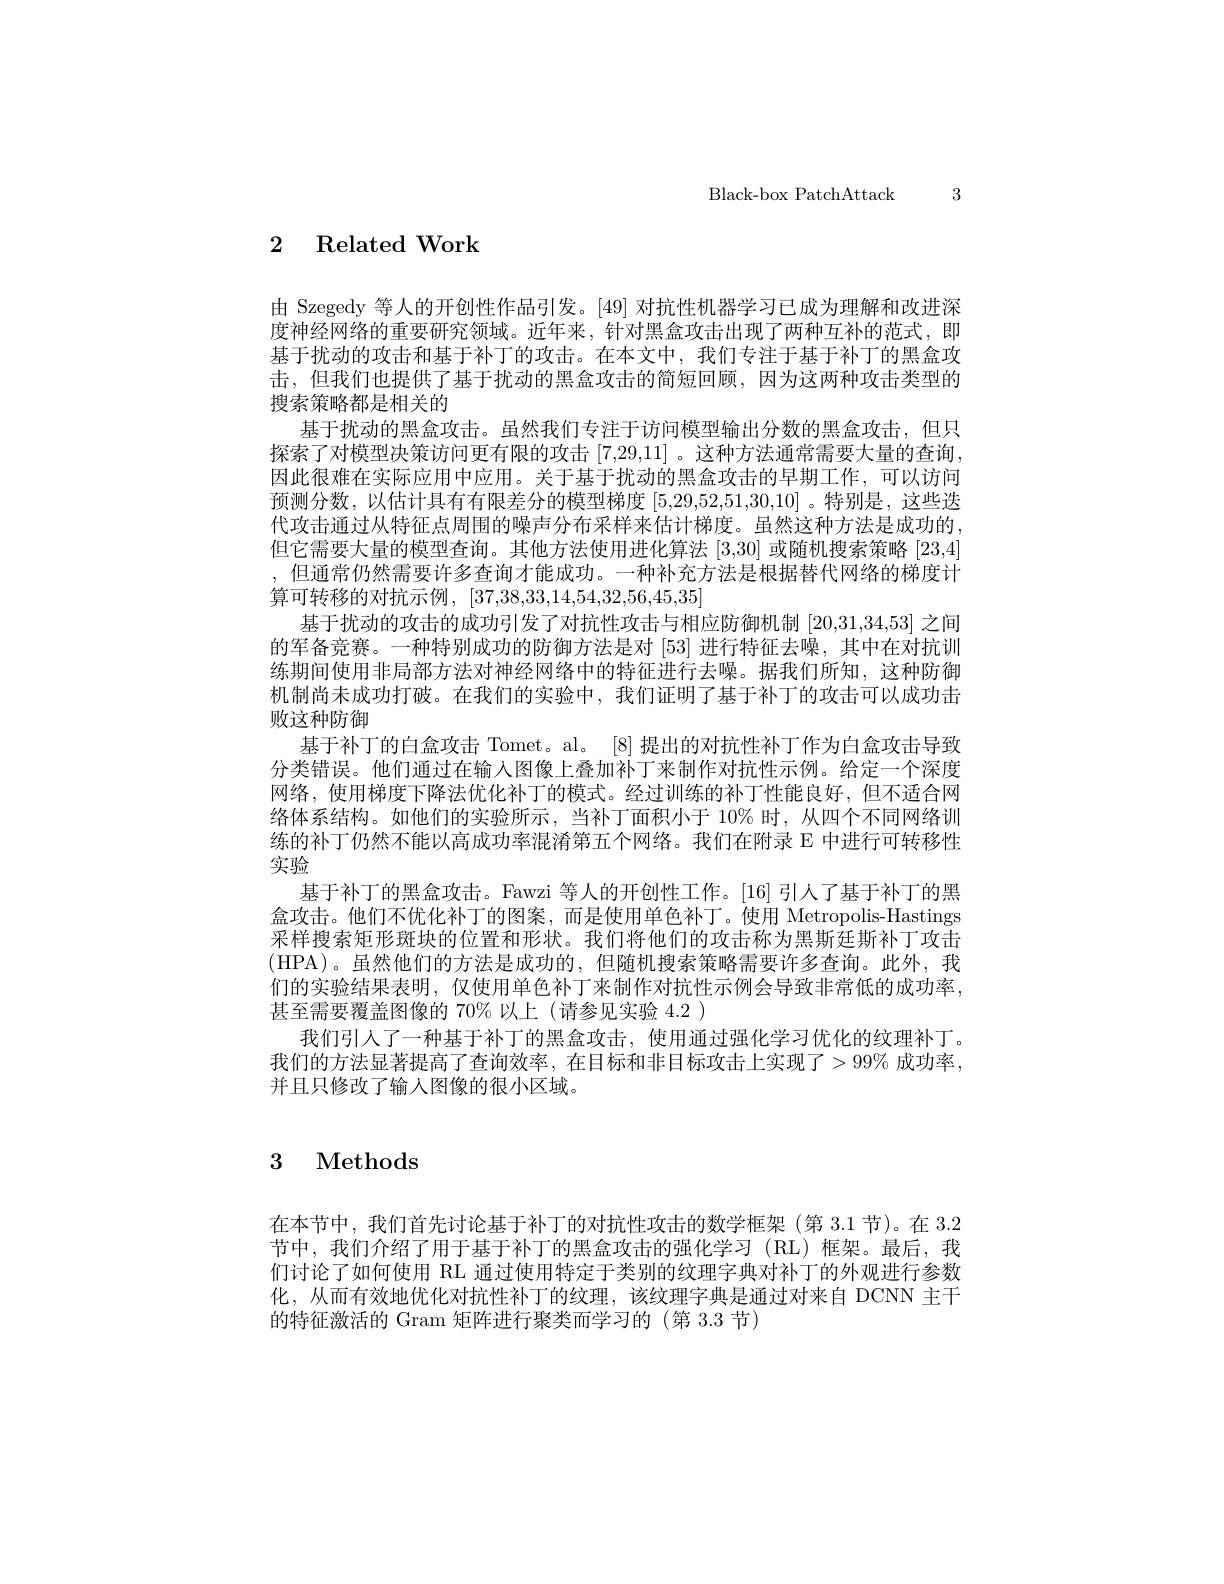
${\mathrm{Black- box~PatchAttack}}$ 3

2 Related Work

由 Szegedy 等人的开创性作品引发。[49]对抗性机器学习已成为理解和改进深度神经网络的重要研究领域。近年来，针对黑盒攻击出现了两种互补的范式，即基于扰动的攻击和基于补丁的攻击。在本文中，我们专注于基于补丁的黑盒攻击，但我们也提供了基于扰动的黑盒攻击的简短回顾，因为这两种攻击类型的搜索策略都是相关的
基于扰动的黑盒攻击。虽然我们专注于访问模型输出分数的黑盒攻击，但只探索了对模型决策访问更有限的攻击 [7,29,11] 。这种方法通常需要大量的查询， 因此很难在实际应用中应用。关于基于扰动的黑盒攻击的早期工作，可以访问预测分数，以估计具有有限差分的模型梯度[5,29,52,51,30,10] 。特别是，这些迭代攻击通过从特征点周围的噪声分布采样来估计梯度。虽然这种方法是成功的， 但它需要大量的模型查询。其他方法使用进化算法 [3,30] 或随机搜索策略 [23,4] ,但通常仍然需要许多查询才能成功。一种补充方法是根据替代网络的梯度计算可转移的对抗示例，[37,38,33,14,54,32,56,45,35]
基于扰动的攻击的成功引发了对抗性攻击与相应防御机制[20,31,34,53]之间的军备竞赛。一种特别成功的防御方法是对 [53] 进行特征去噪，其中在对抗训练期间使用非局部方法对神经网络中的特征进行去噪。据我们所知，这种防御机制尚未成功打破。在我们的实验中，我们证明了基于补丁的攻击可以成功击败这种防御
基于补丁的白盒攻击 Tomet。al。[8] 提出的对抗性补丁作为白盒攻击导致分类错误。他们通过在输入图像上叠加补丁来制作对抗性示例。给定一个深度网络，使用梯度下降法优化补丁的模式。经过训练的补丁性能良好，但不适合网络体系结构。如他们的实验所示，当补丁面积小于 10% 时，从四个不同网络训练的补丁仍然不能以高成功率混淆第五个网络。我们在附录 E 中进行可转移性实验
基于补丁的黑盒攻击。Fawzi 等人的开创性工作。[16] 引人了基于补丁的黑盒攻击。他们不优化补丁的图案，而是使用单色补丁。使用 Metropolis-Hastings 采样搜索矩形斑块的位置和形状。我们将他们的攻击称为黑斯廷斯补丁攻击(HPA)。虽然他们的方法是成功的，但随机搜索策略需要许多查询。此外，我们的实验结果表明，仅使用单色补丁来制作对抗性示例会导致非常低的成功率， 甚至需要覆盖图像的 70% 以上(请参见实验 4.2 )
我们引人了一种基于补丁的黑盒攻击，使用通过强化学习优化的纹理补丁。我们的方法显著提高了查询效率，在目标和非目标攻击上实现了$>99\%$ 成功率， 并且只修改了输人图像的很小区域。

# 3 Methods

在本节中，我们首先讨论基于补丁的对抗性攻击的数学框架(第 3.1节)。在 3.2节中，我们介绍了用于基于补丁的黑盒攻击的强化学习(RL)框架。最后，我们讨论了如何使用 RL 通过使用特定于类别的纹理字典对补丁的外观进行参数化，从而有效地优化对抗性补丁的纹理，该纹理字典是通过对来自 DCNN 主干的特征激活的 Gram 矩阵进行聚类而学习的 (第 3.3 节)